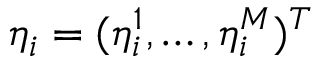
\eta _ { i } = ( \eta _ { i } ^ { 1 } , \dots , \eta _ { i } ^ { M } ) ^ { T }